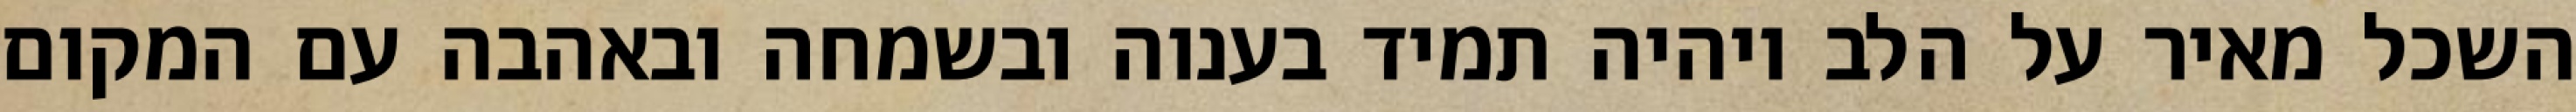
השכל מאיר על הלב ויהיה תמיד בענוה ובשמחה ובאהבה עם המקום